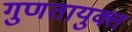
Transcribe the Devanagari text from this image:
गुणतायुक्त